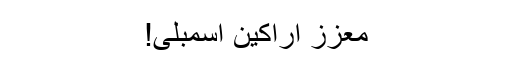
معزز اراکین اسمبلی!